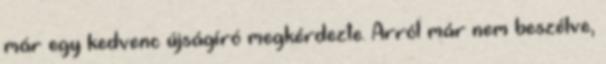
már egy kedvenc újságíró megkérdezte. Arról már nem beszélve,